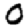
Digit: 0